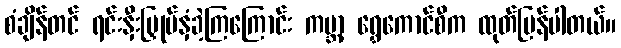
စံချိန်တင် ရင်းနှီးမြှုပ်နှံခဲ့ကြကြောင်း ကမ္ဘာ့ ရွှေကောင်စီက ထုတ်ပြန်ပါတယ်။